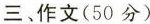
三、作文(50分)